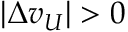
| \Delta v _ { U } | > 0